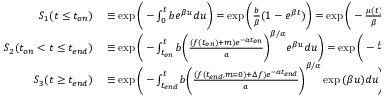
\begin{array} { r l } { S _ { 1 } ( t \leq t _ { o n } ) } & { { } \equiv \exp { \bigg ( - \int _ { 0 } ^ { t } b e ^ { \beta u } d u \bigg ) } = \exp { \bigg ( \frac { b } { \beta } ( 1 - e ^ { \beta t } ) \bigg ) } = \exp { \bigg ( - \frac { \mu ( t ) } { \beta } ( 1 - e ^ { - \beta t } ) \bigg ) } } \\ { S _ { 2 } ( t _ { o n } < t \leq t _ { e n d } ) } & { { } \equiv \exp { \bigg ( - \int _ { t _ { o n } } ^ { t } b \bigg ( \frac { ( f ( t _ { o n } ) + m ) e ^ { - \alpha t _ { o n } } } { a } \bigg ) ^ { \beta / \alpha } e ^ { \beta u } d u \bigg ) } = \exp { \bigg ( - \frac { \mu ( t ) } { \beta } ( 1 - e ^ { - \beta ( t - t _ { o n } ) } ) \bigg ) } } \\ { S _ { 3 } ( t \geq t _ { e n d } ) } & { { } \equiv \exp { \bigg ( - \int _ { t _ { e n d } } ^ { t } b \bigg ( \frac { ( f ( t _ { e n d } , m = 0 ) + \Delta f ) e ^ { - \alpha t _ { e n d } } } { a } \bigg ) ^ { \beta / \alpha } \exp { ( \beta u ) } d u \bigg ) } = \exp { \bigg ( - \frac { \mu ( t ) } { \beta } ( 1 - e ^ { - \beta ( t - t _ { e n d } ) } ) \bigg ) } . } \end{array}